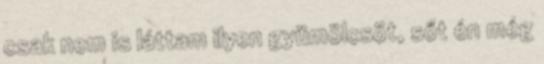
csak nem is láttam ilyen gyümölcsöt, sőt én még